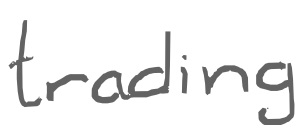
Text: trading
Cross-out: clean
Writing tool: digital_gray